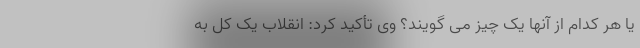
یا هر کدام از آنها یک چیز می گویند؟ وی تأکید کرد: انقلاب یک کل به